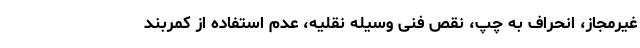
غیرمجاز، انحراف به چپ، نقص فنی وسیله نقلیه، عدم استفاده از کمربند